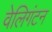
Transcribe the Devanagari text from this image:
वेलिगंटन